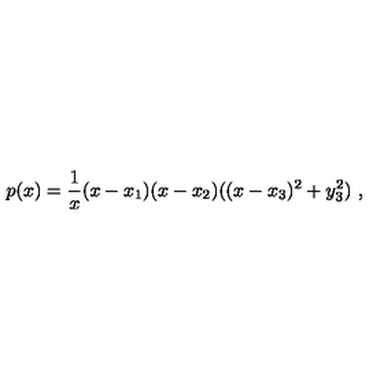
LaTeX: p ( x ) = { \frac { 1 } { x } } ( x - x _ { 1 } ) ( x - x _ { 2 } ) ( ( x - x _ { 3 } ) ^ { 2 } + y _ { 3 } ^ { 2 } ) \ ,